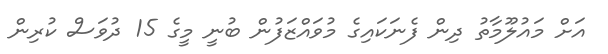
އަށް މައުލޫމާތު ދިން ފެނަކައިގެ މުވައްޒަފުން ބުނީ މީގެ 15 ދުވަސް ކުރިން